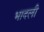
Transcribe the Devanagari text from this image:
भादली